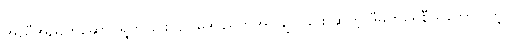
အညီအညွတ်ဆောင်ရွက်ခြင်း၊ ဥပဒေပညတ်အုပ်ချုပ်ခြင်း ဆိုတဲ့ ဒီမိုကရေစီသဘောပါတဲ့